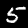
Digit: 5